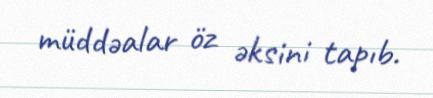
müddəalar öz əksini tapıb.